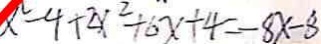
x ^ { 2 } - 4 + 2 x ^ { 2 } + 6 x + 4 = - 8 x - 8